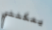
يمكنني